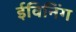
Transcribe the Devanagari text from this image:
ईविनिंग